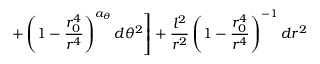
\left. + \left( 1 - \frac { r _ { 0 } ^ { 4 } } { r ^ { 4 } } \right) ^ { a _ { \theta } } d \theta ^ { 2 } \right] + \frac { l ^ { 2 } } { r ^ { 2 } } \left( 1 - \frac { r _ { 0 } ^ { 4 } } { r ^ { 4 } } \right) ^ { - 1 } d r ^ { 2 }